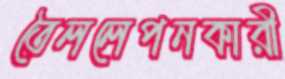
তৈললেপনকারী